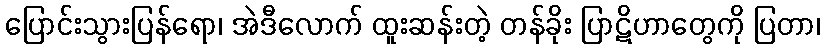
ပြောင်းသွားပြန်ရော၊ အဲဒီလောက် ထူးဆန်းတဲ့ တန်ခိုး ပြာဋိဟာတွေကို ပြတာ၊